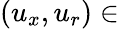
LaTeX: (u_{x},u_{r})\in